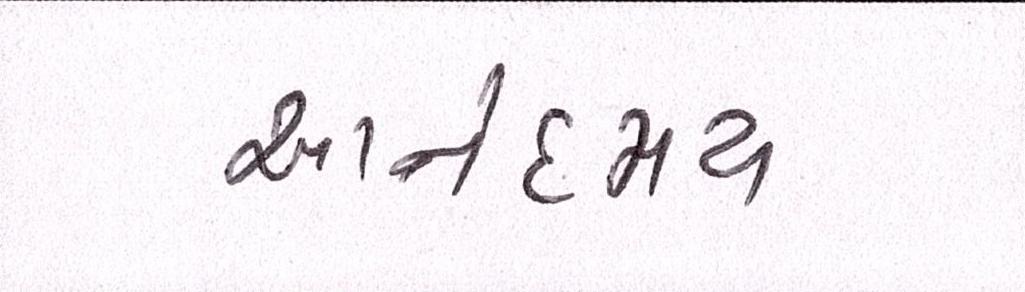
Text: આનંદમય